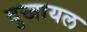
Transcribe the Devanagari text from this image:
दुखायल